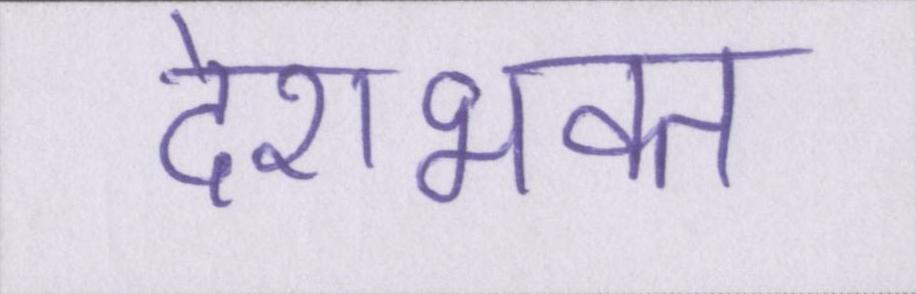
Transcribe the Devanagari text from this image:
देशभक्त